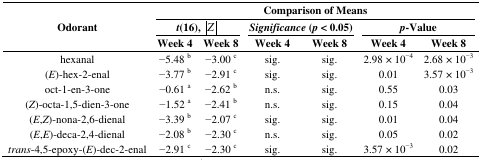
| <ROWSPAN=3> Odorant | <COLSPAN=6> Comparison of Means |
 | <COLSPAN=2> t(16), |Z| | <COLSPAN=2> Significance (p < 0.05) | <COLSPAN=2> p-Value |
 | Week 4 | Week 8 | Week 4 | Week 8 | Week 4 | Week 8 |
 | --- | --- | --- | --- | --- | --- | --- |
 | hexanal | −5.48 b | −3.00 c | sig. | sig. | 2.98 × 10−4 | 2.68 × 10−3 |
 | (E)-hex-2-enal | −3.77 b | −2.91 c | sig. | sig. | 0.01 | 3.57 × 10−3 |
 | oct-1-en-3-one | −0.61 a | −2.62 b | n.s. | sig. | 0.55 | 0.03 |
 | (Z)-octa-1,5-dien-3-one | −1.52 a | −2.41 b | n.s. | sig. | 0.15 | 0.04 |
 | (E,Z)-nona-2,6-dienal | −3.39 b | −2.07 c | sig. | sig. | 0.01 | 0.04 |
 | (E,E)-deca-2,4-dienal | −2.08 b | −2.30 c | n.s. | sig. | 0.05 | 0.02 |
 | trans-4,5-epoxy-(E)-dec-2-enal | −2.91 c | −2.30 c | sig. | sig. | 3.57 × 10−3 | 0.02 |